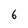
Character: 6